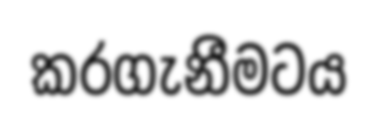
කරගැනීමටය